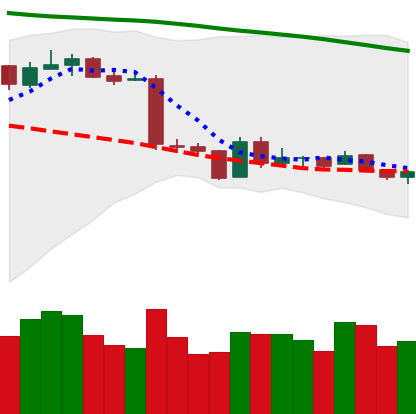
Ticker: ETH-USD
Chart end date: 2019-01-22
Forward return: -4.499%
Label: down_3_5